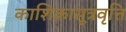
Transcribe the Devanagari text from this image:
काशिकासूत्रवृत्ति